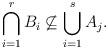
LaTeX: \begin{align*}\bigcap\limits_{i=1}^{r} B_{i} \not\subseteq \bigcup\limits_{i=1}^{s} A_{j}.\end{align*}